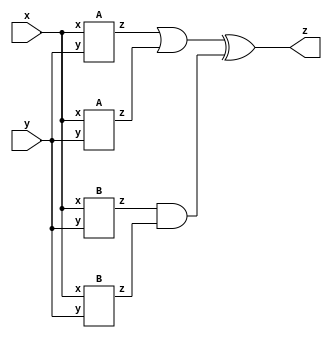
module top_module (input x, input y, output z);

    wire buff_0, buff_1, buff_2, buff_3;
    
    A IA1 ( .x(x), .y(y), .z(buff_0) );
    A IA2 ( .x(x), .y(y), .z(buff_1) );
    B IB1 ( .x(x), .y(y), .z(buff_2) );
    B IB2 ( .x(x), .y(y), .z(buff_3) );
    
    assign z = ( buff_0 | buff_1 ) ^ ( buff_2 & buff_3 );
    
endmodule

module A (input x, input y, output z);

    assign z = (x^y)&x;
    
endmodule

module B ( input x, input y, output z );

    assign z = ~( x^y );
    
endmodule